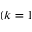
( k = 1